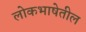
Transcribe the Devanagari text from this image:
लोकभाषेतील